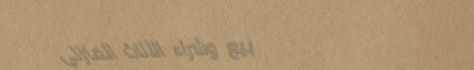
بيع وشراء الأثاث المنزلي